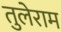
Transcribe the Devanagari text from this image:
तुलेराम